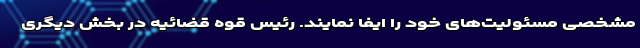
مشخصی مسئولیت‌های خود را ایفا نمایند. رئیس قوه قضائیه در بخش دیگری